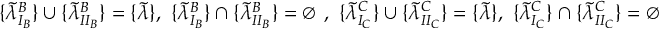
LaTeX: \{ \widetilde { \lambda } _ { I _ { B } } ^ { B } \} \cup \{ \widetilde { \lambda } _ { I I _ { B } } ^ { B } \} = \{ \widetilde { \lambda } \} , \ \{ \widetilde { \lambda } _ { I _ { B } } ^ { B } \} \cap \{ \widetilde { \lambda } _ { I I _ { B } } ^ { B } \} = \emptyset \ , \ \{ \widetilde { \lambda } _ { I _ { C } } ^ { C } \} \cup \{ \widetilde { \lambda } _ { I I _ { C } } ^ { C } \} = \{ \widetilde { \lambda } \} , \ \{ \widetilde { \lambda } _ { I _ { C } } ^ { C } \} \cap \{ \widetilde { \lambda } _ { I I _ { C } } ^ { C } \} = \emptyset